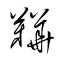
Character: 鞾